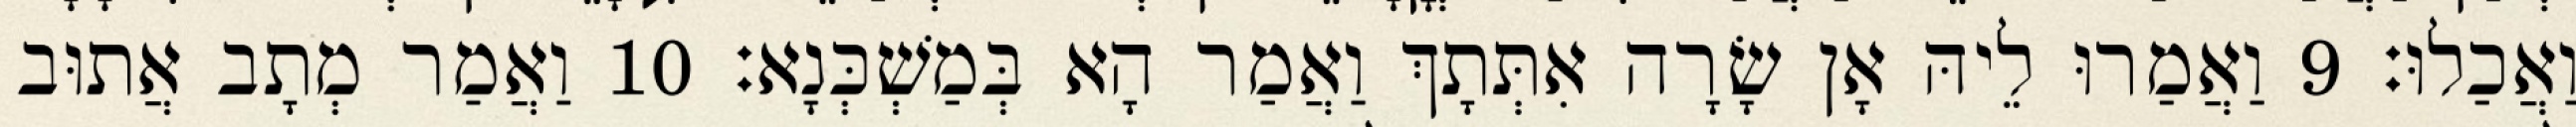
וַאֲכַלוּ׃ 9 וַאֲמַרוּ לֵיהּ אָן שָׂרָה אִתְּתָךְ וַאֲמַר הָא בְּמַשְׁכְּנָא׃ 10 וַאֲמַר מְתָב אֲתוּב